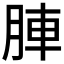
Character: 𮝁